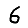
Digit: 6